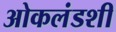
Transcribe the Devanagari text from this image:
ओकलंडशी